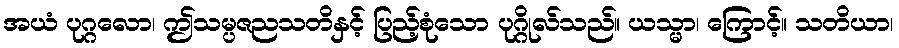
အယံ ပုဂ္ဂလော၊ ဤသမ္ပဇညသတိနှင့် ပြည့်စုံသော ပုဂ္ဂိုလ်သည်။ ယသ္မာ၊ ကြောင့်။ သတိယာ၊